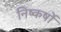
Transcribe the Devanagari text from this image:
निष्कर्षो